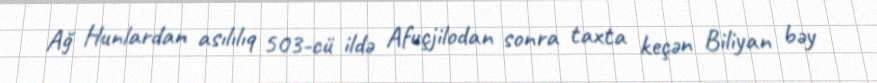
Ağ Hunlardan asılılıq 503-cü ildə Afuçjilodan sonra taxta keçən Biliyan bəy